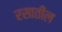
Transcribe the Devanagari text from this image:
रसातील